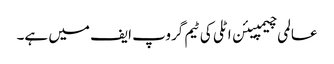
عالمی چیمپیئن اٹلی کی ٹیم گروپ ایف میں ہے۔